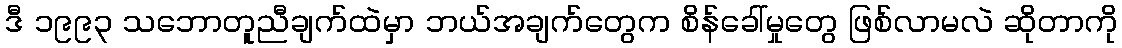
ဒီ ၁၉၉၃ သဘောတူညီချက်ထဲမှာ ဘယ်အချက်တွေက စိန်ခေါ်မှုတွေ ဖြစ်လာမလဲ ဆိုတာကို